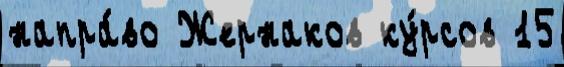
напра́во Жернаков ку́рсов 15